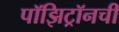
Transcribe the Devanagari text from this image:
पॉझिट्रॉनची